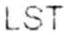
LST